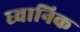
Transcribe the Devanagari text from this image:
ध्‍वानिक